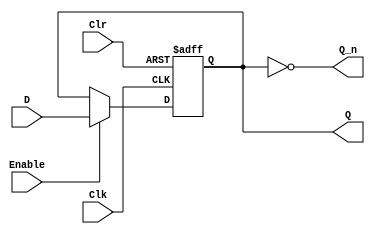
// Flip Flop

// Enable activo alto
// Clr activo bajo

module flip_flop(output reg Q, output Q_n, input D, input Clr, Clk, Enable);
	assign Q_n = ~Q;
	initial begin
		Q <= 1'b0;
	end
	always @ (posedge Clk, negedge Clr)
		 if(!Clr) Q <= 1'b0;
		 else if(Enable) Q <= D;
endmodule